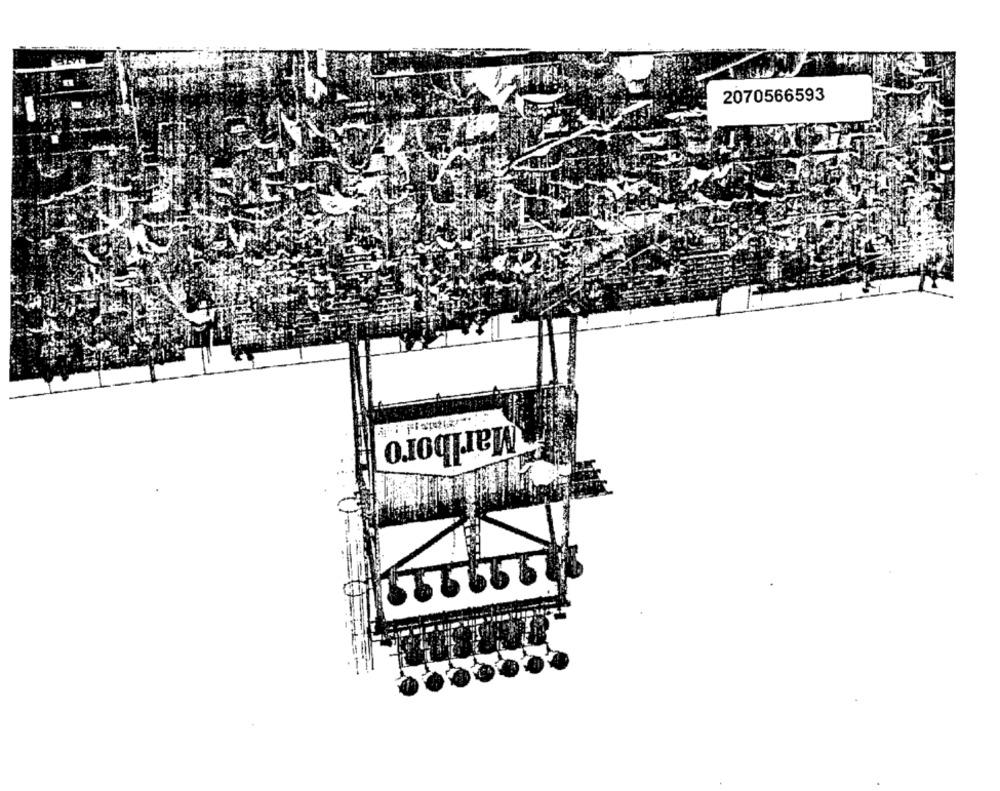
2070566593
Marlboro